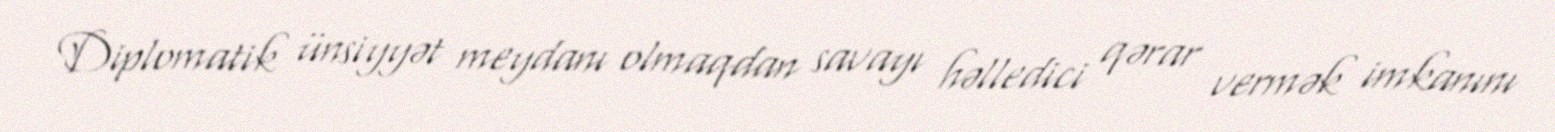
Diplomatik ünsiyyət meydanı olmaqdan savayı həlledici qərar vermək imkanını